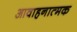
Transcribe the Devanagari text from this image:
आवाहनात्मक